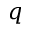
\boldsymbol { q }